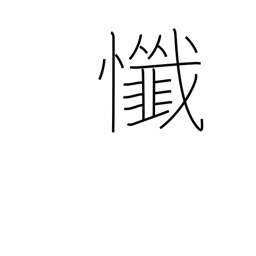
Meaning: repent